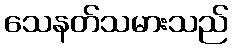
သေနတ်သမားသည်